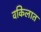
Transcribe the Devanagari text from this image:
वकिलात